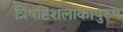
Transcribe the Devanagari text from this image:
त्रिषष्टिशलाकापुरुष